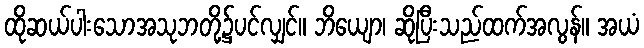
ထိုဆယ်ပါးသောအသုဘတို့၌ပင်လျှင်။ ဘိယျော၊ ဆိုပြီးသည်ထက်အလွန်။ အယံ